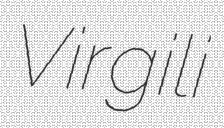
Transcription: Virgili